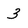
Character: 3